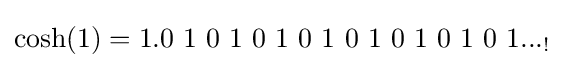
\cosh(1)=1.0\ 1\ 0\ 1\ 0\ 1\ 0\ 1\ 0\ 1\ 0\ 1\ 0\ 1\ 0\ 1..._{!}